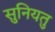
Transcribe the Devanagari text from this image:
सुनियतु